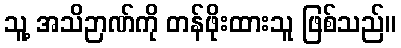
သူ့ အသိဉာဏ်ကို တန်ဖိုးထားသူ ဖြစ်သည်။